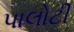
પાલોટી